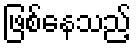
ဖြစ်နေသည့်